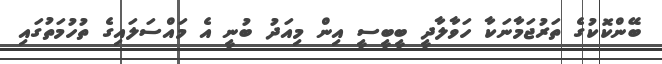
ބޭންކޮކުގެ ތަރުޖަމާނަކާ ހަވާލާދީ ބީބީސީ އިން މިއަދު ބުނީ އެ މައްސަލައިގެ ތުހުމަތުގައި